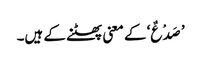
’صَدْعٌ‘ کے معنی پھٹنے کے ہیں۔